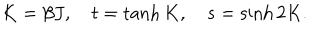
K = \beta J , \quad t = \tanh K , \quad s = \sinh 2 K .